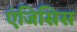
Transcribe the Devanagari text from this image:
एंजिसिस